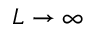
L \rightarrow \infty